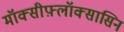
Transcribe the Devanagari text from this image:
मॉक्सीफ़्लॉक्सासिन